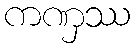
ကဏှဿ